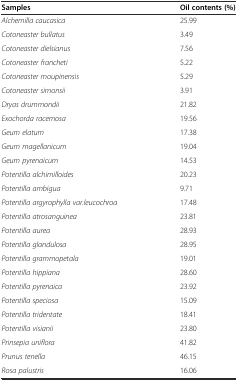
| Samples | Oil contents (%) |
 | --- | --- |
 | Alchemilla caucasica | 25.99 |
 | Cotoneaster bullatus | 3.49 |
 | Cotoneaster dielsianus | 7.56 |
 | Cotoneaster francheti | 5.22 |
 | Cotoneaster moupinensis | 5.29 |
 | Cotoneaster simonsii | 3.91 |
 | Dryas drummondii | 21.82 |
 | Exochorda racemosa | 19.56 |
 | Geum elatum | 17.38 |
 | Geum magellanicum | 19.04 |
 | Geum pyrenaicum | 14.53 |
 | Potentilla alchimilloides | 20.23 |
 | Potentilla ambigua | 9.71 |
 | Potentilla argyrophylla var.leucochroa | 17.48 |
 | Potentilla atrosanguinea | 23.81 |
 | Potentilla aurea | 28.93 |
 | Potentilla glandulosa | 28.95 |
 | Potentilla grammopetala | 19.01 |
 | Potentilla hippiana | 28.60 |
 | Potentilla pyrenaica | 23.92 |
 | Potentilla speciosa | 15.09 |
 | Potentilla tridentate | 18.41 |
 | Potentilla visianii | 23.80 |
 | Prinsepia uniflora | 41.82 |
 | Prunus tenella | 46.15 |
 | Rosa palustris | 16.06 |